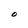
Character: O